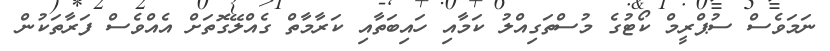
ނަމަވެސް ސުޕްރީމް ކޯޓުގެ މުސްތަގިއްލު ކަމާއި ހައިބަތާއި ކަރާމާތް ގެއްލޭގޮތަށް އެއްވެސް ފަރާތަކުން